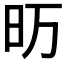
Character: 𮲚